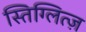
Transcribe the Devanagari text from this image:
स्तिग्लित्ज़